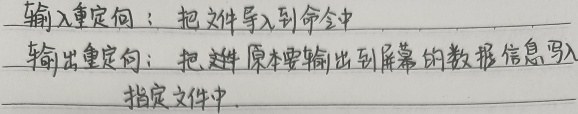
- 输入重定向：把文件导入到命令中
- 输出重定向：把原本要输出到屏幕的数据信息写入指定文件中。